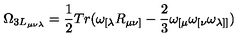
\Omega _ { 3 L _ { \mu \nu \lambda } } = \frac { 1 } { 2 } T r ( \omega _ { [ \lambda } R _ { \mu \nu ] } - \frac { 2 } { 3 } \omega _ { [ \mu } \omega _ { [ \nu } \omega _ { \lambda ] ] } )